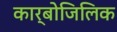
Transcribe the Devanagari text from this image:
कार्बोजिलिक